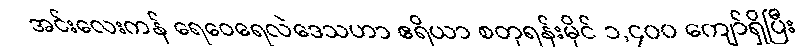
အင်းလေးကန် ရေဝေရေလဲဒေသဟာ ဧရိယာ စတုရန်းမိုင် ၁,၄၀၀ ကျော်ရှိပြီး